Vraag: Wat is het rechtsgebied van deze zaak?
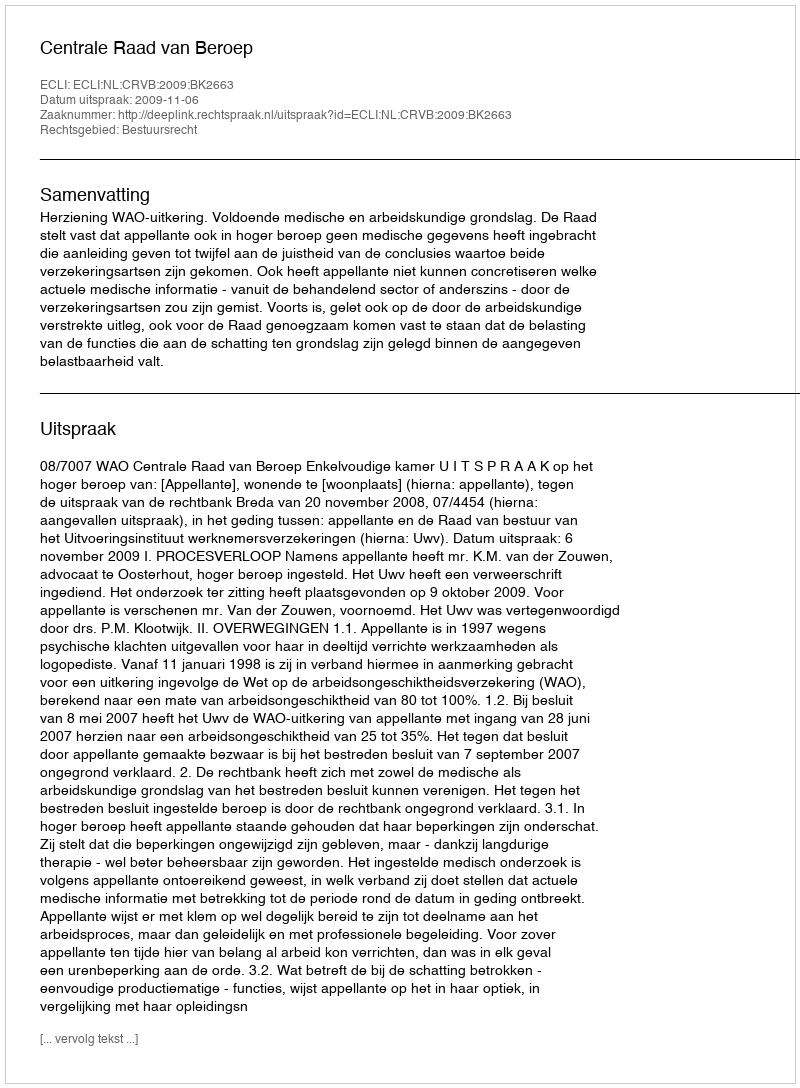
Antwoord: Bestuursrecht